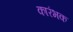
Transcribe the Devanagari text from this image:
कारंभक